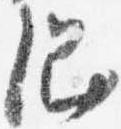
綱